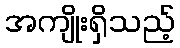
အကျိုးရှိသည့်